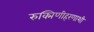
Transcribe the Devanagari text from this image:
रुक्मिणीहरणाशी